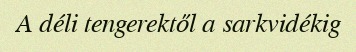
A déli tengerektől a sarkvidékig